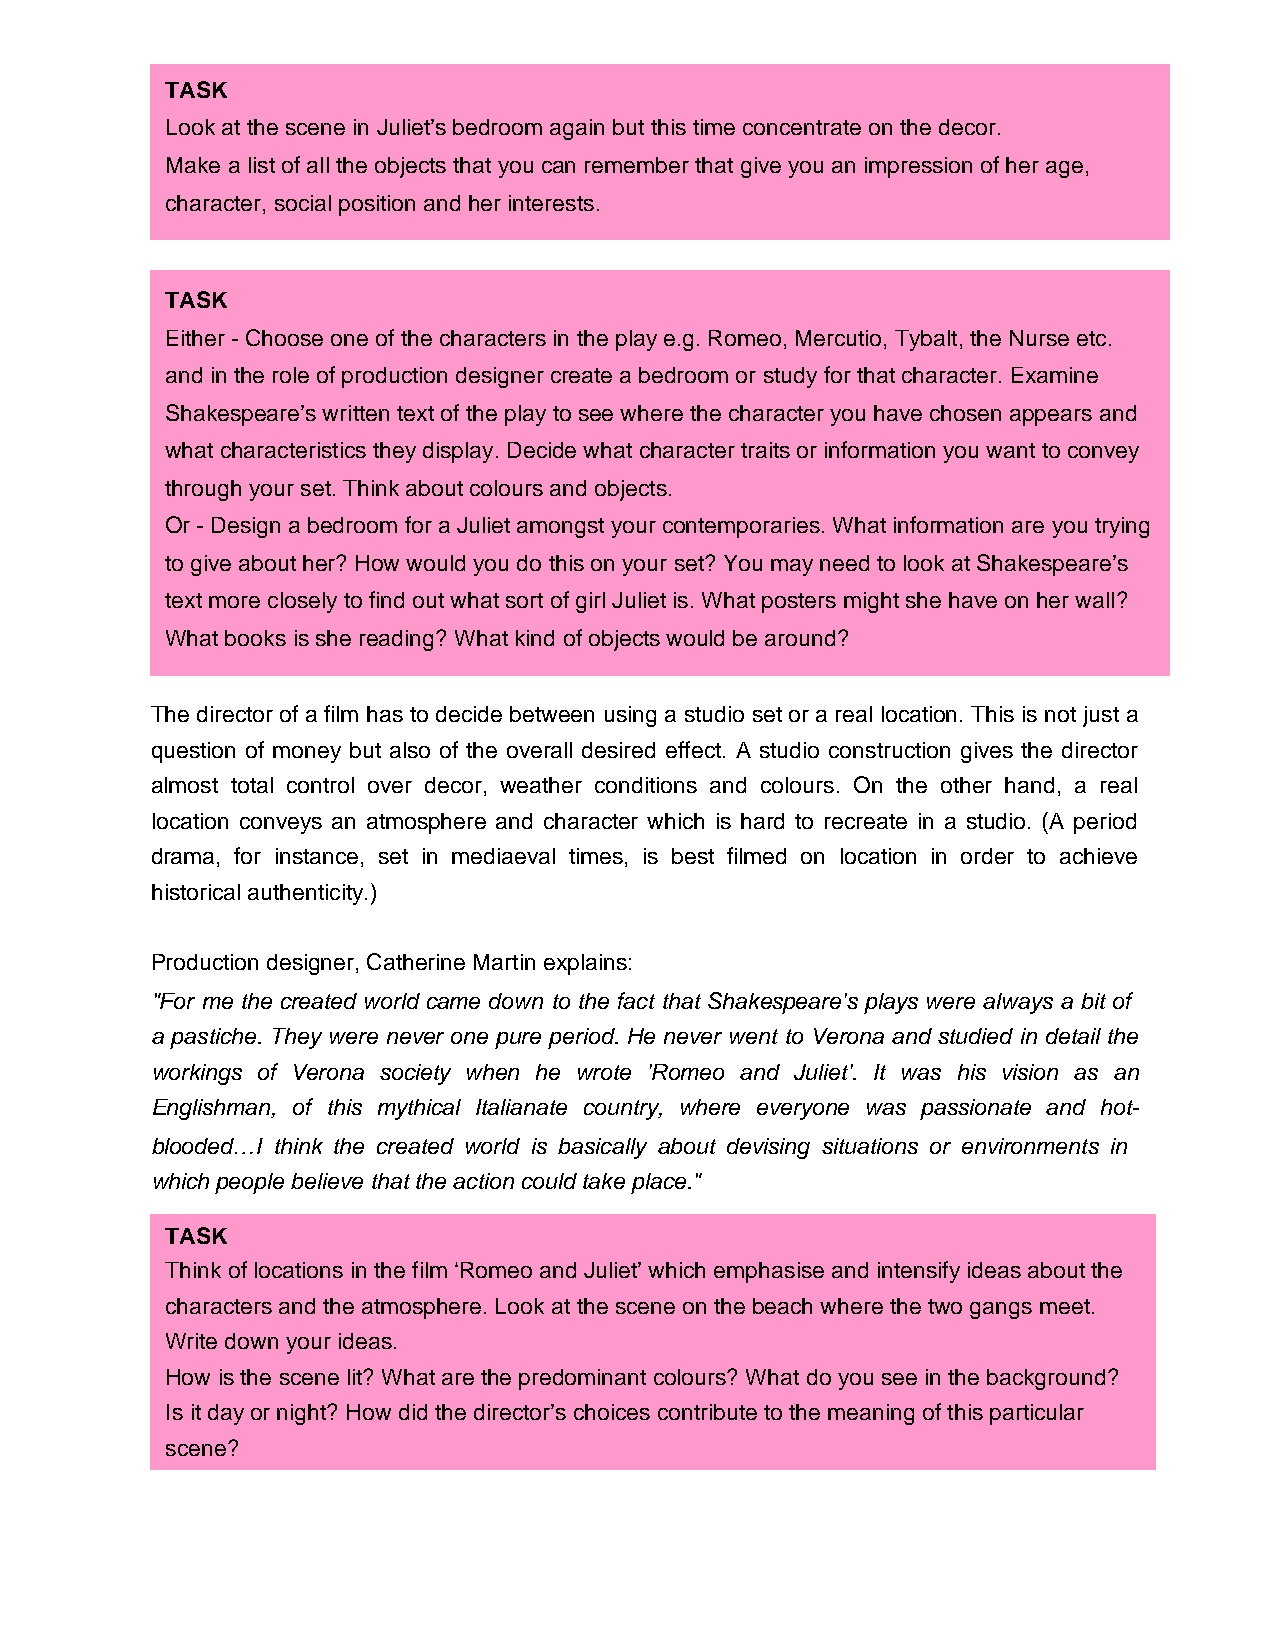
TASK
 Look at the scene in Juliet’s bedroom again but this time concentrate on the decor.
 Make a list of all the objects that you can remember that give you an impression of her age,
 character, social position and her interests.
 TASK
 Either - Choose one of the characters in the play e.g. Romeo, Mercutio, Tybalt, the Nurse etc.
 and in the role of production designer create a bedroom or study for that character. Examine
 Shakespeare’s written text of the play to see where the character you have chosen appears and
 what characteristics they display. Decide what character traits or information you want to convey
 through your set. Think about colours and objects.
 Or - Design a bedroom for a Juliet amongst your contemporaries. What information are you trying
 to give about her? How would you do this on your set? You may need to look at Shakespeare’s
 text more closely to find out what sort of girl Juliet is. What posters might she have on her wall?
 What books is she reading? What kind of objects would be around?
 The director of a film has to decide between using a studio set or a real location. This is not just a
 question of money but also of the overall desired effect. A studio construction gives the director
 almost total control over decor, weather conditions and colours. On the other hand, a real
 location conveys an atmosphere and character which is hard to recreate in a studio. (A period
 drama, for instance, set in mediaeval times, is best filmed on location in order to achieve
 historical authenticity.)
 Production designer, Catherine Martin explains:
 "For me the created world came down to the fact that Shakespeare's plays were always a bit of
 a pastiche. They were never one pure period. He never went to Verona and studied in detail the
 workings of Verona society when he wrote 'Romeo and Juliet'. It was his vision as an
 Englishman, of this mythical Italianate country, where everyone was passionate and hot-
 blooded…I think the created world is basically about devising situations or environments in
 which people believe that the action could take place."
 TASK
 Think of locations in the film ‘Romeo and Juliet’ which emphasise and intensify ideas about the
 characters and the atmosphere. Look at the scene on the beach where the two gangs meet.
 Write down your ideas.
 How is the scene lit? What are the predominant colours? What do you see in the background?
 Is it day or night? How did the director’s choices contribute to the meaning of this particular
 scene?